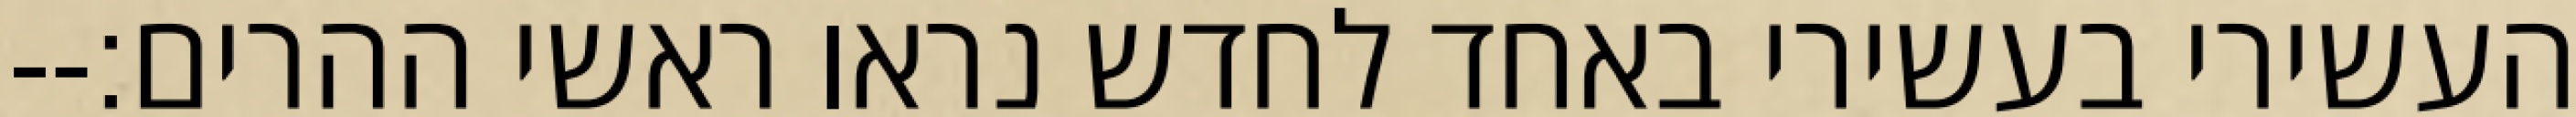
העשירי בעשירי באחד לחדש נראו ראשי ההרים׃--